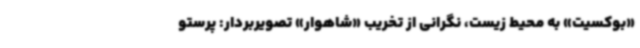
«بوکسیت» به محیط زیست، نگرانی از تخریب «شاهوار» تصویربردار: پرستو